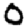
Digit: 0